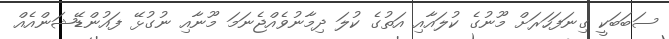
ސަބަބަކީ ގިނަފަހަރަށް މޫނުގެ ކުލައާއި އަތުގެ ކުލަ ދިމާނުވެއްޖެނަމަ މޫނާއި ނުގުޅޭ ފައުންޑޭޝަންއެއް